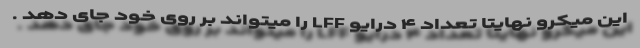
این میکرو نهایتا تعداد ۴ درایو LFF را میتواند بر روی خود جای دهد .